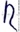
Text: R